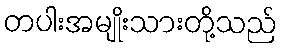
တပါးအမျိုးသားတို့သည်